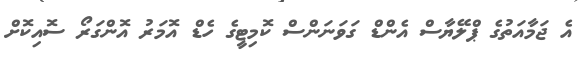
އެ ޖަމާއަތުގެ ޕްލޭޔާސް އެންޑް ގަވަނަންސް ކޮމިޓީގެ ހެޑް އޮމަރު އޮންގަރޯ ސޮއިކޮށް